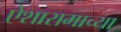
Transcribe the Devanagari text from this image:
ऐशारामाच्या